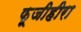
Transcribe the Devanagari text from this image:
फ़ूजीहीरा